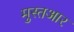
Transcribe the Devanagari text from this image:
मुस्तआर